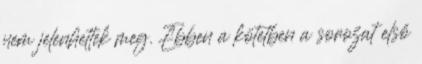
nem jelenhettek meg. Ebben a kötetben a sorozat első